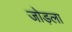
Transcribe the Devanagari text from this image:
जोड़ला